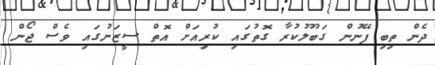
ދެން ތިބި ފޭނުން ގަބޫލުކުރާ ގޮތުގައި ކުރިއަށް އޮތް ސީޒަނުގައި ވެސް ޖޯން